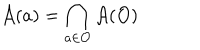
\mathcal { A } ( a ) = \bigcap _ { a \in \mathcal { O } } \mathcal { A } ( \mathcal { O } )